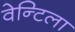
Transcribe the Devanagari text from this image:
वेन्टिला